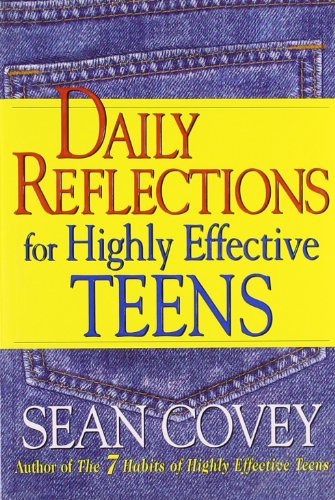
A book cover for Daily Reflections For Highly Effective Teens; Sean Covey; Christian Books & Bibles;